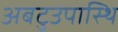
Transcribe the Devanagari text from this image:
अबटुउपास्थि